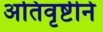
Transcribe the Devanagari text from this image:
अतिवृष्टीने